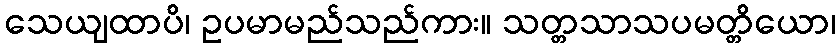
သေယျထာပိ၊ ဥပမာမည်သည်ကား။ သတ္တသာသပမတ္တိယော၊